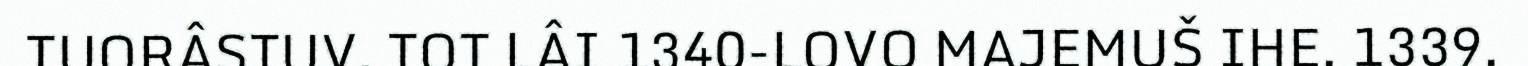
TUORÂSTUV. TOT LÂI 1340-LOVO MAJEMUŠ IHE. 1339.